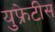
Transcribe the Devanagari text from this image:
युफ्रेटीस